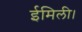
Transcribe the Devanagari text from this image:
ईमिली।